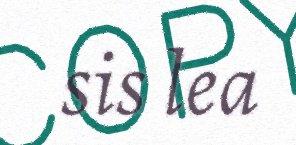
sis lea